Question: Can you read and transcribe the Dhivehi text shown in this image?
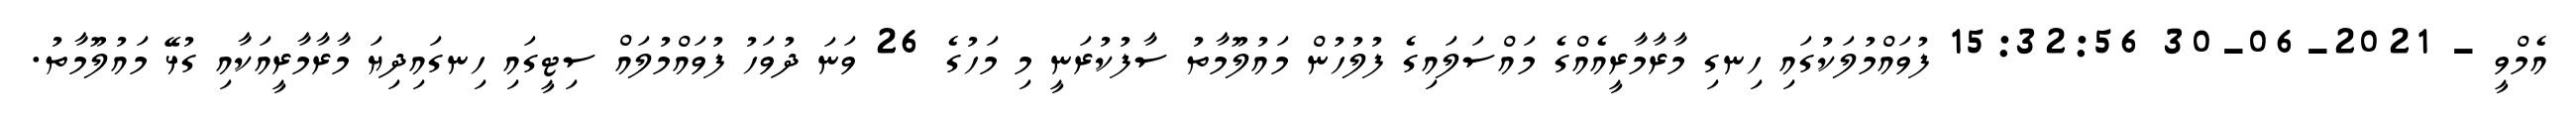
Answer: އެމްވީ - 2021-06-30 15:32:56 ފުވައްމުލަކުގައި ހިނގި މާރާމާރީއެއްގެ މައްސަލައިގެ ފުލުހުން މައުލޫމާތު ސާފުކުރަނީ މި މަހުގެ 26 ވަނަ ދުވަހު ފުވައްމުލައް ސިޓީގައި ހިނގައިދިޔަ މާރާމާރީއަކާއި ގުޅޭ މައުލޫމާތު.